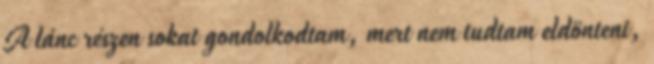
A lánc részen sokat gondolkodtam, mert nem tudtam eldönteni,